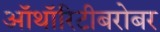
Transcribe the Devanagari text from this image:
ऑथॉरिटीबरोबर